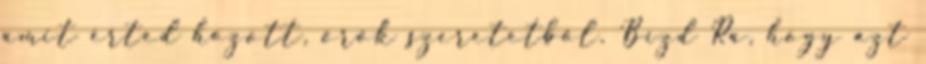
amit érted hozott, örök szeretetből. Bízd Rá, hogy azt